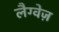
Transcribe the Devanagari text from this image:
लैग्वेज़